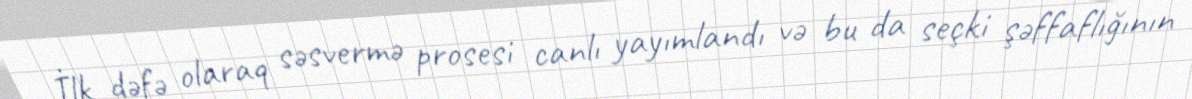
İlk dəfə olaraq səsvermə prosesi canlı yayımlandı və bu da seçki şəffaflığının